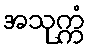
အသုက္ကံ